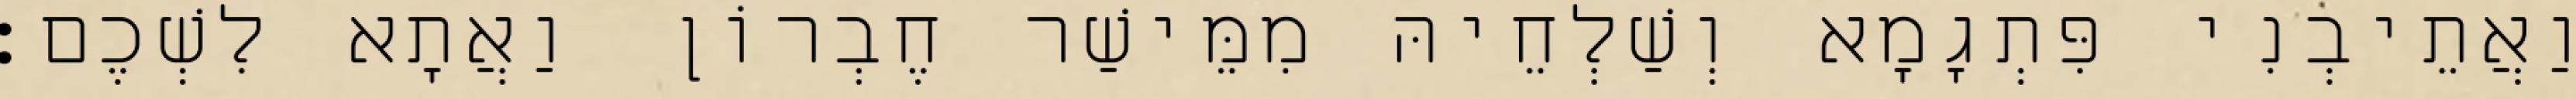
וַאֲתֵיבְנִי פִּתְגָמָא וְשַׁלְחֵיהּ מִמֵּישַׁר חֶבְרוֹן וַאֲתָא לִשְׁכֶם׃